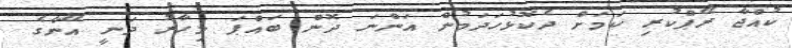
ކުއްޖާ ރޭޕްކުރި ކަމަށް ދެކޮޅުހަދަމުން އަންނަ ދޮން ބައްޕަ މިހާރު ދަނީ އޭނާގެ